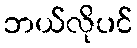
ဘယ်လိုပင်